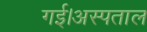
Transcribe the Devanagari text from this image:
गई।अस्पताल